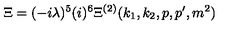
\Xi = ( - i \lambda ) ^ { 5 } ( i ) ^ { 6 } \Xi ^ { ( 2 ) } ( k _ { 1 } , k _ { 2 } , p , p ^ { \prime } , m ^ { 2 } )